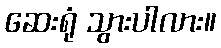
ဆေးရုံ သွားပါလား။